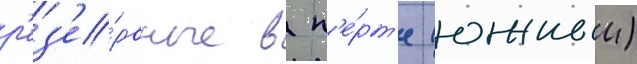
р'ез'е́рвные в п'е́рт'е (южныи)